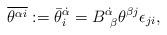
LaTeX: \begin{align*}\overline{\theta^{\alpha i}}:= {\bar\theta}^{\dot\alpha}_{i}=B^{\dot\alpha}_{~\beta}\theta^{\beta j}\epsilon_{ji},\end{align*}